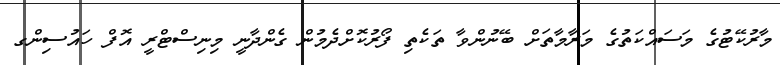
މާރުކޭޓުގެ މަސައްކަތުގެ މަރާމާތަށް ބޭނުންވާ ތަކެތި ފޯރުކޮށްދެމުން ގެންދާނީ މިނިސްޓްރީ އޮފް ހައުސިންގ